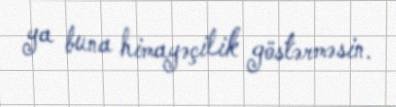
ya buna himayəçilik göstərməsin.